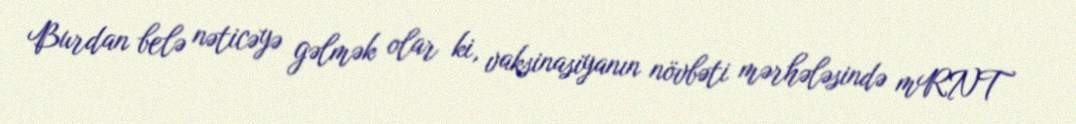
Burdan belə nəticəyə gəlmək olar ki, vaksinasiyanın növbəti mərhələsində mRNT